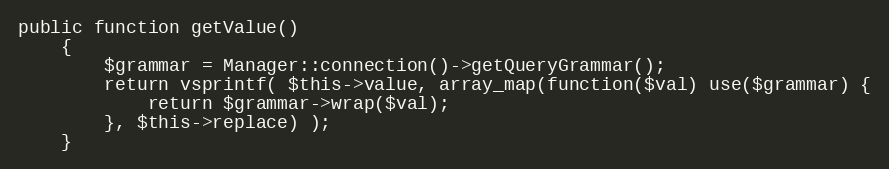
Language: PHP
public function getValue()
	{
		$grammar = Manager::connection()->getQueryGrammar();
		return vsprintf( $this->value, array_map(function($val) use($grammar) {
			return $grammar->wrap($val);
		}, $this->replace) );
	}